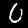
Digit: 0